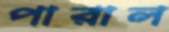
পারাল